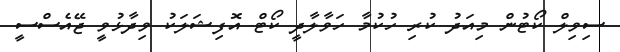
ސިވިލް ކޯޓުން މިއަދު ކުރި ހުކުމާ ހަވާލާދީ ކޯޓް އޮފިޝަލަކު ވިދާޅުވީ ޖޭއެސްސީ